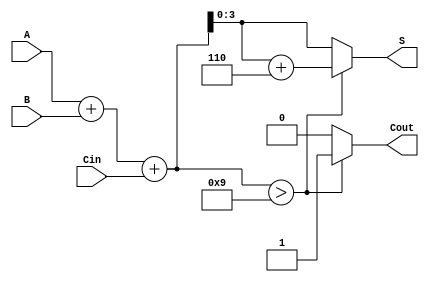
module BCD_Hybrid_Adder (
    input [3:0] A,      // 4-bit BCD input A
    input [3:0] B,      // 4-bit BCD input B
    input Cin,          // Carry-in input
    output reg [3:0] S, // 4-bit BCD output
    output reg Cout     // Carry-out output
);

    wire [4:0] Sum;     // 5-bit sum to accommodate carry
    wire correction;     // Flag to indicate if correction is needed

    // Step 1: Binary addition
    assign Sum = A + B + Cin;

    // Step 2: BCD correction logic
    // Check if Sum exceeds 9 (1001 in binary)
    assign correction = Sum > 5'b01001;

    always @(*) begin
        if (correction) begin
            // If correction is needed, add 6 (0110)
            S = Sum + 5'b00110; // Add 6 to the sum
            Cout = 1;           // Set carry-out
        end else begin
            S = Sum[3:0];       // No correction needed, take lower 4 bits
            Cout = 0;           // No carry-out
        end
    end

endmodule